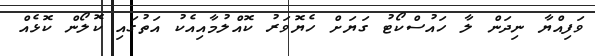
ވަފިއްޔާ ނިދަން ލާ ހައުސްކޯޓު ގަޔަށް ހެޔޮވަރު ކޮއްލުމާއިއެކު އަތުގައި ކޮލޯން ކޮޅެއް